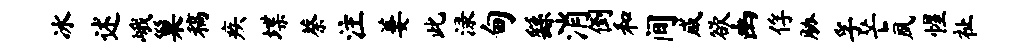
冰述峨巢稿疾堞蔡注萋此渌甸繇消倒和间咸欲幽俘胁孚芒夙惺祉